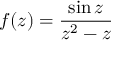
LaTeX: f ( z ) = { \frac { \sin z } { z ^ { 2 } - z } }